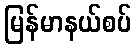
မြန်မာနယ်စပ်